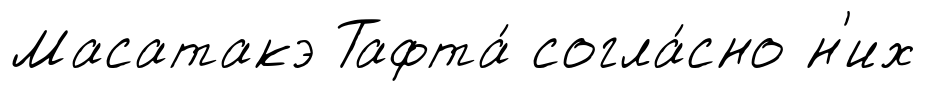
Масатакэ Тафта́ согла́сно н'их